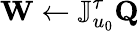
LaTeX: \mathbf{W}\gets\mathbb{J}_{u_{0}}^{\tau}\mathbf{Q}